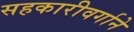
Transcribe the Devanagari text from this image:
सहकारीवर्गाने